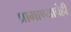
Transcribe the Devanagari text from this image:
प्रामाण्याचेही